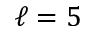
\ell = 5